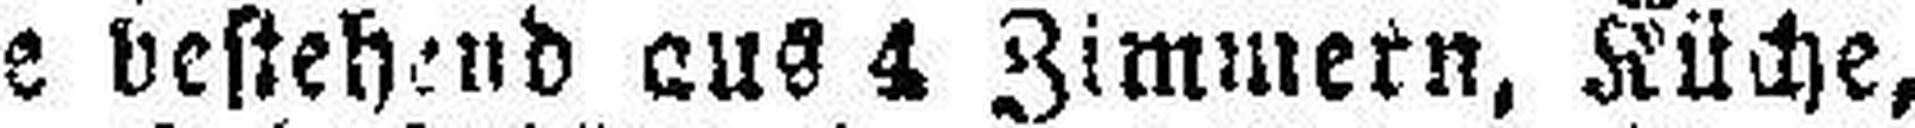
eine bestehend aus 4 Zimmern, Küche,